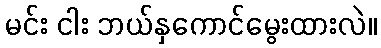
မင်း ငါး ဘယ်နှကောင်မွေးထားလဲ။